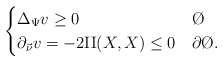
\begin{align*}\begin{cases} \Delta_\Psi v \geq 0 & \O \\ \partial_{\vec \nu} v = -2 \mathrm{II}(X,X) \leq 0 & \partial \O.\end{cases}\end{align*}